Lunatic asylums in Bengal annual reports 1912-1924 - 1912-1924
Year: 1912
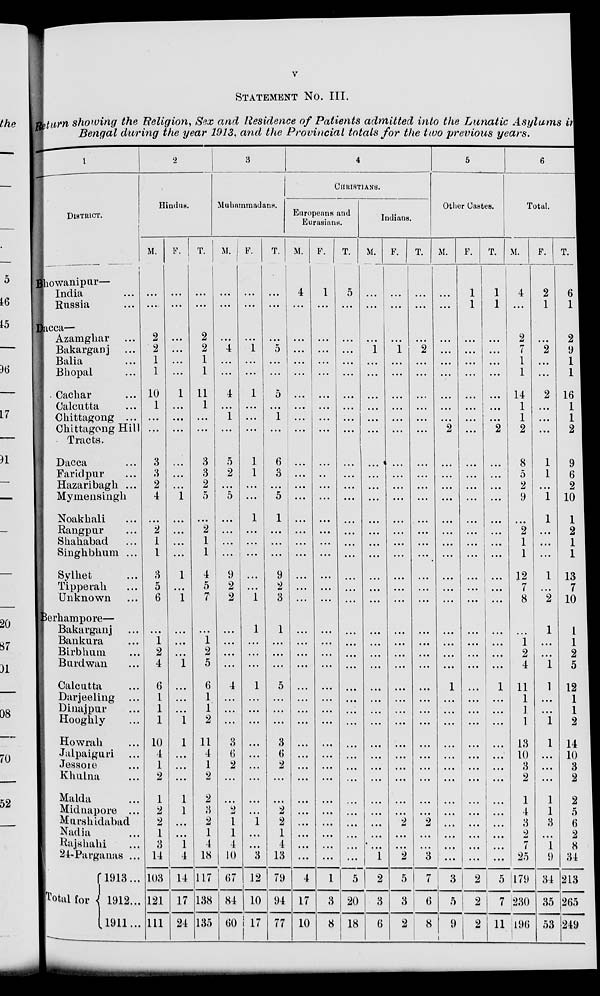
v
STATEMENT No. III.
Return showing the Religion, Sex and Residence of Patients admitted into the Lunatic Asylums in
Bengal during the year 1913, and the Provincial totals for the two previous years.
1
DISTRICT.
Bhowanipur—
India ...
Russia ...
Dacca—
Azamghar ...
Bakarganj ...
Balia ...
Bhopal ...
Cachar ...
Calcutta ...
Chittagong ...
Chittagong Hill
Tracts.
Dacca ...
Faridpur ...
Hazaribagh ...
Mymensingh ...
Noakhali ...
Rangpur ...
Shahabad ...
Singhbhum ...
Sylhet ...
Tipperah ...
Unknown ...
Berhampore—
Bakarganj ...
Bankura ...
Birbhum ...
Burdwan ...
Calcutta ...
Darjeeling ...
Dinajpur ...
Hooghly ...
Howrah ...
Jalpaiguri ...
Jessore ...
Khulna ...
Malda ...
Midnapore ...
Murshidabad
Nadia ...
Rajshahi ...
24-Parganas ...
Total for
1913...
1912...
1911...
2
Hindus.
M.
...
...
2
2
1
1
10
1
...
...
3
3
2
4
...
2
1
1
3
5
6
...
1
2
4
6
1
1
1
10
4
1
2
1
2
2
1
3
14
103
121
111
F.
...
...
...
...
...
...
1
...
...
...
...
...
...
1
...
...
...
...
1
...
1
...
...
...
1
...
...
...
1
1
...
...
...
1
1
...
...
1
4
14
17
24
T.
...
...
2
2
1
1
11
...
...
...
3
3
2
5
...
2
1
1
4
5
7
...
1
2
5
6
1
1
2
11
4
1
2
2
3
2
1
4
18
117
138
135
3
Muhamadans.
M.
...
...
...
4
...
...
4
...
1
...
5
2
...
5
...
...
...
...
9
2
2
...
...
...
...
4
...
...
...
3
6
2
...
...
2
1
1
4
10
67
84
60
F.
...
...
...
1
...
...
1
...
...
...
1
1
...
...
1
...
...
...
...
...
1
1
...
...
...
1
...
...
...
...
...
...
...
...
...
1
...
...
3
12
10
17
T.
...
...
...
5
...
...
5
...
...
...
6
3
...
5
1
...
...
...
9
2
3
1
...
...
...
5
...
...
...
3
6
2
...
...
2
2
1
4
13
79
94
77
4
CHRISTIANS.
Europeans and
Eurasinns.
M.
4
...
...
...
...
...
...
...
...
...
...
...
...
...
...
...
...
...
...
...
...
...
...
...
...
...
...
...
...
...
...
...
...
...
...
...
...
...
...
4
17
10
F.
1
...
...
...
...
...
...
...
...
...
...
...
...
...
...
...
...
...
...
...
...
...
...
...
...
...
...
...
...
...
...
...
...
...
...
...
...
...
...
1
3
8
T.
5
...
...
...
...
...
...
...
...
...
...
...
...
...
...
...
...
...
...
...
...
...
...
...
...
...
...
...
...
...
...
...
...
...
...
...
...
...
...
5
20
18
Indians.
M.
...
...
...
1
...
...
...
...
...
...
...
...
...
...
...
...
...
...
...
...
...
...
...
...
...
...
...
...
...
...
...
...
...
...
...
...
...
...
1
2
3
6
F.
...
...
...
1
...
...
...
...
...
...
...
...
...
...
...
...
...
...
...
...
...
...
...
...
...
...
...
...
...
...
...
...
...
...
...
2
...
...
2
5
3
2
T.
...
...
...
2
...
...
...
...
...
...
...
...
...
...
...
...
...
...
...
...
...
...
...
...
...
...
...
...
...
...
...
...
...
...
...
2
...
...
3
7
6
8
5
Other Castes.
M.
...
...
...
...
...
...
...
...
...
2
...
...
...
...
...
...
...
...
...
...
...
...
...
...
...
1
...
...
...
...
...
...
...
...
...
...
...
...
...
3
5
9
F.
1
1
...
...
...
...
...
...
...
...
...
...
...
...
...
...
...
...
...
...
...
...
...
...
...
...
...
...
...
...
...
...
...
...
...
...
...
...
...
2
2
2
T.
1
1
...
...
...
...
...
...
...
2
...
...
...
...
...
...
...
...
...
...
...
...
...
...
...
1
...
...
...
...
...
...
...
...
...
...
...
...
...
5
7
11
6
Total.
M.
4
...
2
7
1
1
14
1
1
2
8
5
2
9
...
2
1
1
12
7
8
...
1
2
4
11
1
1
1
13
10
3
2
1
4
3
2
7
25
179
230
196
F.
2
1
...
2
...
...
2
...
...
...
1
1
...
1
1
...
...
...
1
...
2
1
...
...
1
1
...
...
1
1
...
...
...
1
1
3
...
1
9
34
35
53
T.
6
1
2
9
1
1
16
1
1
2
9
6
2
10
1
2
1
1
13
7
10
1
1
2
5
12
1
1
2
14
10
3
2
2
5
6
2
8
34
213
265
249